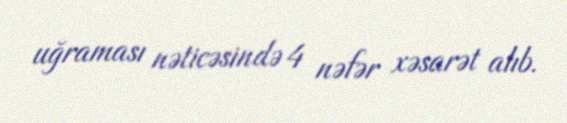
uğraması nəticəsində 4 nəfər xəsarət alıb.